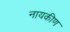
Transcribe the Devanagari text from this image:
नायकीण